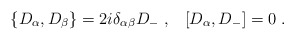
\begin{align*}\{ D_\alpha, D_\beta \} = 2i \delta_{\alpha\beta}D_-\;, \;\;\;[D_\alpha, D_-] = 0\;.\end{align*}